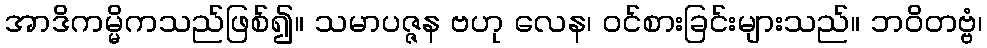
အာဒိကမ္မိကသည်ဖြစ်၍။ သမာပဇ္ဇန ဗဟု လေန၊ ဝင်စားခြင်းများသည်။ ဘဝိတဗ္ဗံ၊